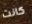
كانت